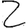
Digit: 2